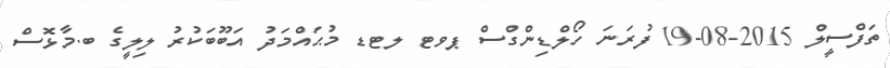
ތަފްސީލް 2015-08-19 ފުރަނަ ހޯލްޑިންގްސް ޕވޓ ލޓޑ މުޙައްމަދު އަބޫބަކުރު ލިލީގެ ބ.މާޅޮސް